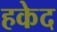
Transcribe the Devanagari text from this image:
हकेद